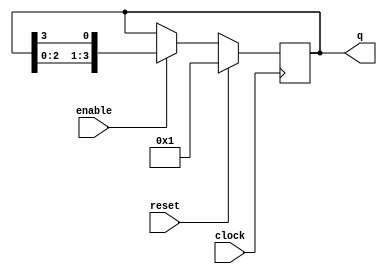
module johnson_counter_enable(
    input clock,
    input reset,
    input enable,
    output reg [3:0] q
);

always @(posedge clock) begin
    if (reset) begin
        q <= 4'b0001;
    end else begin
        if (enable) begin
            q <= {q[2:0], q[3]};
        end
    end
end

endmodule